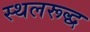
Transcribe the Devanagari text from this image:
स्थलरूद्ध